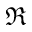
\Re